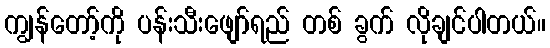
ကျွန်တော့်ကို ပန်းသီးဖျော်ရည် တစ် ခွက် လိုချင်ပါတယ်။